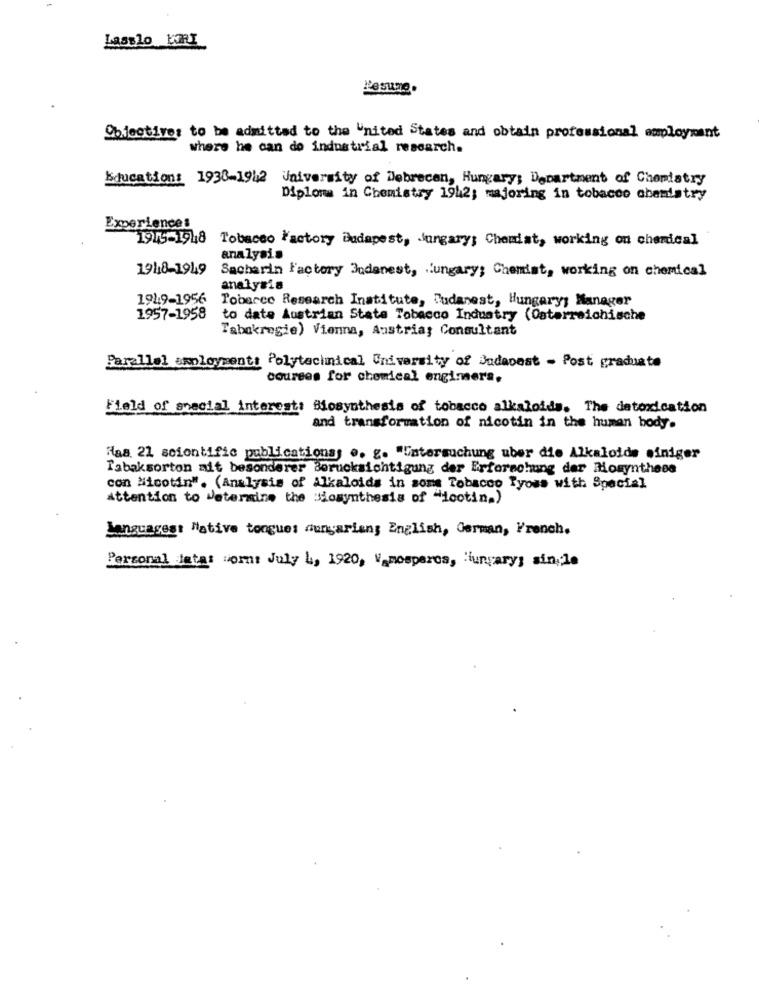
Lasslo KORI
Resume.
Objectives to be admitted to the United States and obtain professional employment
where he can do industrial research.
Education: 1938-1942 University of Debrecen, Hungary; Department of Chemistry
Diploma in Chemistry 1942; majoring in tobacco chemistry
Experiences
1915-1948
Tobacco Factory Budapest, Hungary; Chemiat, working on chemical
analysis
1948-1949
Sacharin Factory Indenest, Hungary; Chemist, working on chemical
analysis
1919-1956
Toberce Research Institute, Fudanest, Hungary; Manager
1957-1958
to date Austrian State Tobacco Industry (Osterreichische
Tabakregie) Vienna, Austriay Consultant
Parallel employment: Polytacimical University of Budapest - Post graduate
courses for chemical engimers.
Field of special interest: Biosynthesis of tobacco alkaloids, The detoxication
and transformation of nicotin in the human body.
Has. 21 scientific publications o. g. "Untersuchung uber die Alkaloids einiger
Tabaksorton ait besonderer Borucksichtigung der Erforschung der Mosynthese
con Nicotin". (Analysis of Alkaloids in soms Tobacco Tyoss with Special
Attention to Determine the Biosynthesis of "icctin.)
Languages: Native tongue: Hungarian; English, German, French.
Personal data: wort July L, 1920, Vamosperes, Hungary; sin ,; le